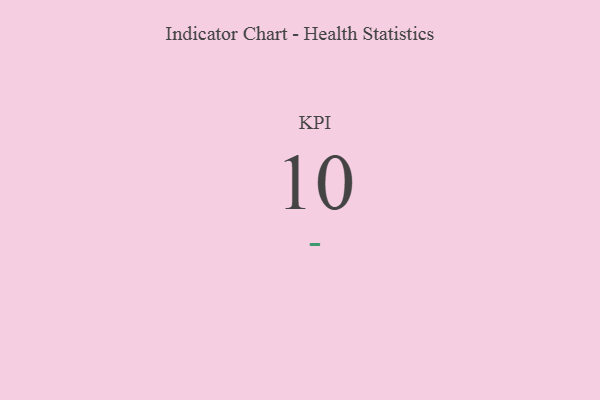
{"axis": {"x": "KPI", "y": "Value"}, "legend": [""], "data": [{"x": "KPI", "y": 10, "type": ""}]}